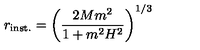
r _ { \mathrm { i n s t . } } = \left( \frac { 2 M m ^ { 2 } } { 1 + m ^ { 2 } H ^ { 2 } } \right) ^ { 1 / 3 }